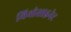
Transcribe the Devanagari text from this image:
थियोसाइनेट